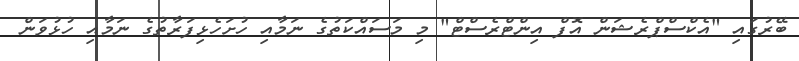
ބޭރުގައި "އެކްސްޕްރެޝަން އޮފް އިންޓްރެސްޓް" މި މަސައްކަތުގެ ނަމާއި ހުށަހެޅިފަރާތުގެ ނަމާއި ހުޅުވަން